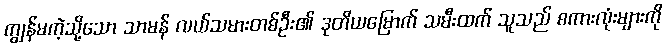
ကျွန်မကဲ့သို့သော သာမန် လယ်သမားတစ်ဦး၏ ဒုတိယမြောက် သမီးထက် သူသည် စကားလုံးများကို